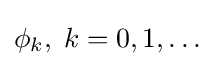
\phi _{k},\;k=0,1,\ldots